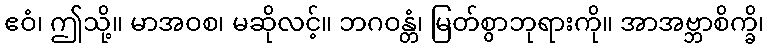
ဧဝံ၊ ဤသို့။ မာအဝစ၊ မဆိုလင့်။ ဘဂဝန္တံ၊ မြတ်စွာဘုရားကို။ အာအဗ္ဘာစိက္ခိ၊